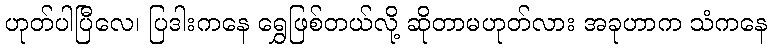
ဟုတ်ပါပြီလေ၊ ပြဒါးကနေ ရွှေဖြစ်တယ်လို့ ဆိုတာမဟုတ်လား အခုဟာက သံကနေ